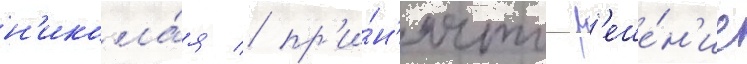
н'икола́я / пр'и́н'ято р'еше́н'ие